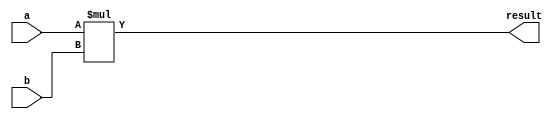
module booth_multiplier(input wire [7:0] a, b,
                           output wire [15:0] result);

  reg [15:0] product;

  always @(*) begin
    product = a * b; //Perform the multiplication operation using Booth algorithm
  end

  assign result = product;

endmodule